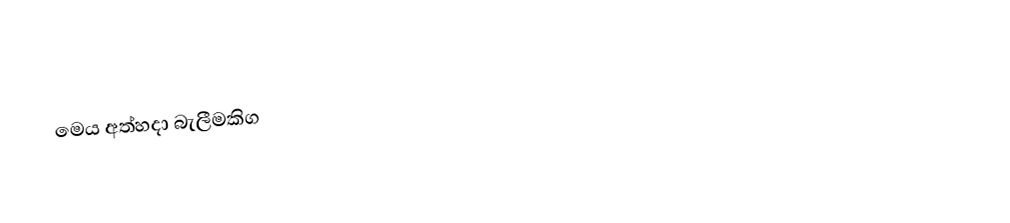
මෙය අත්හදා බැලීමකිග